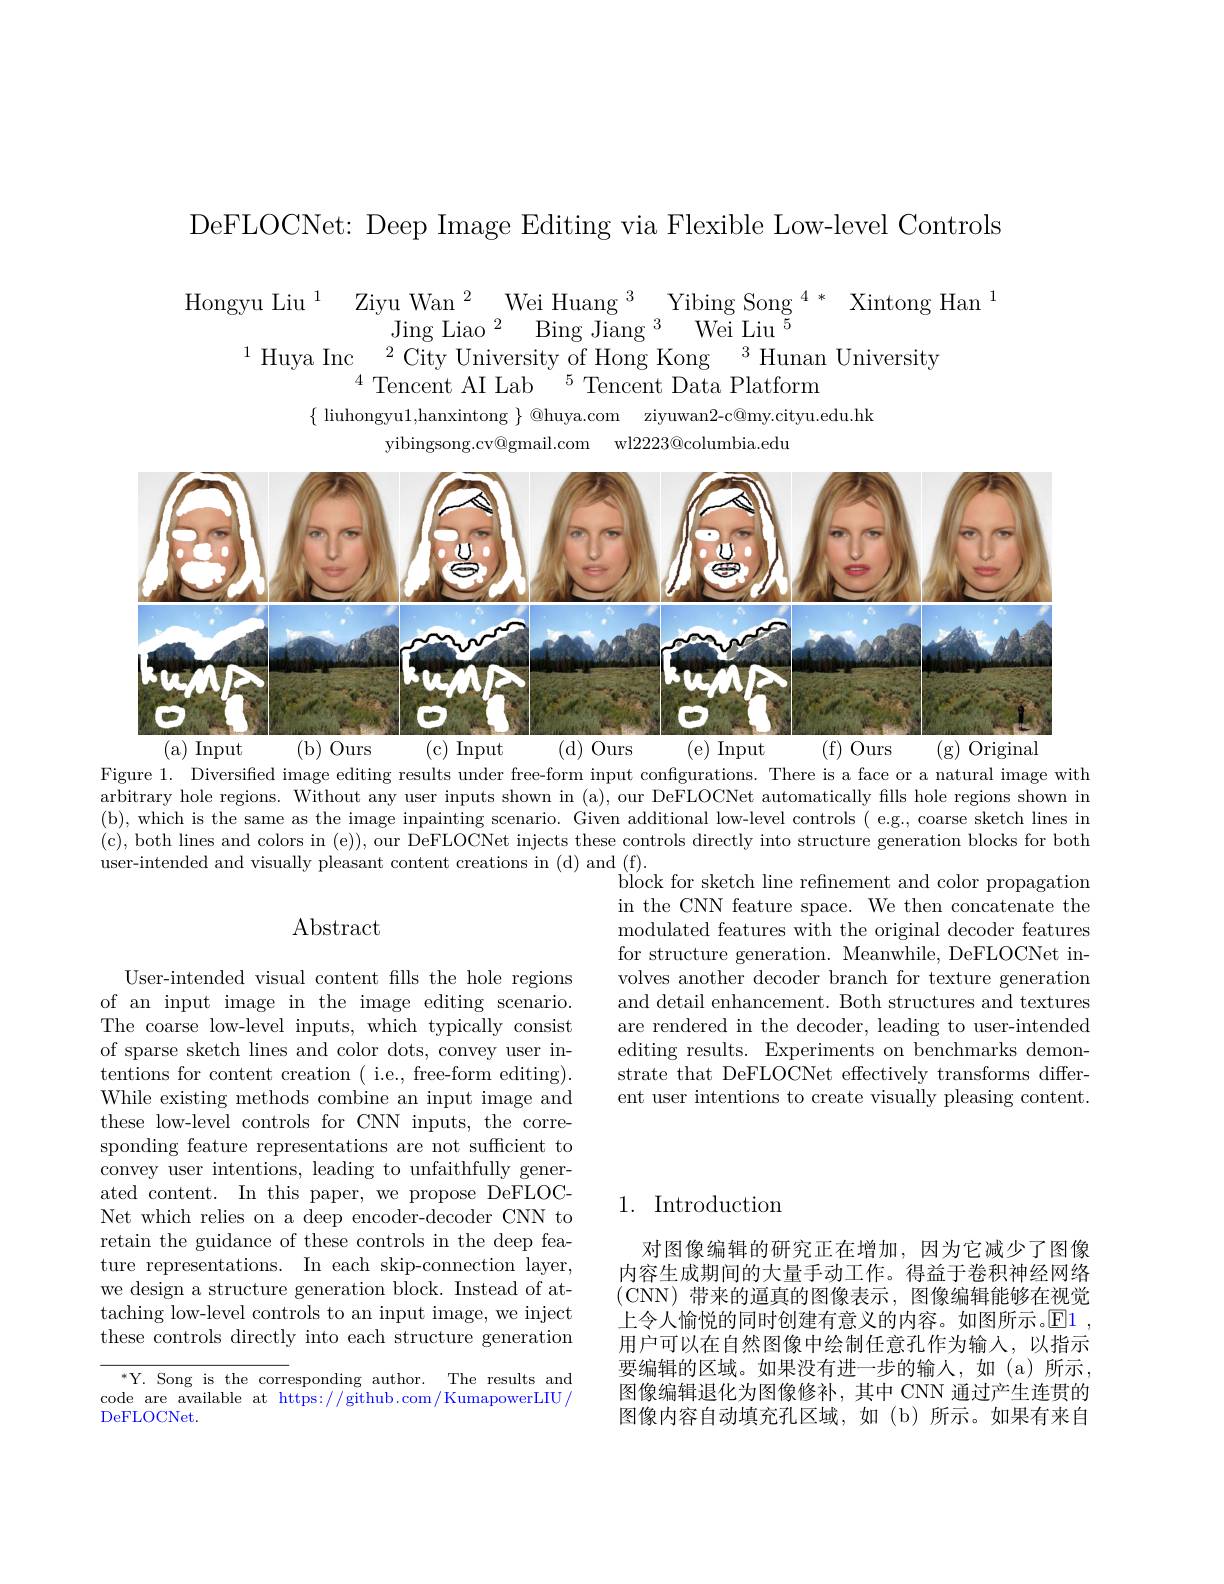
DeFLOCNet: Deep Image Editing via Flexible Low-level Controls

${\mathrm{Hongyu~Liu}^{1}}{\mathrm{Ziyu~Wan}^{2}\mathrm{Wei~Huang~}^{3}\mathrm{Yibing~Song~}^{4*}\mathrm{Xintong~Han}^{1}}{\mathrm{Jing~Liao}^{2}\mathrm{Bing~Jiang~}^{3}\mathrm{Wei~Liu}^{5}}{\mathrm{City~University~of~Hong~Kong~}^{3}\mathrm{Hunan~University}}$
$\{$ liuhongyu1,hanxintong $\}$ @huya.com ziyuwan2-c@my.cityu.edu.hk
yibingsong.cv@gmail.com wl2223@columbia.edu

<FigureHere>

Figure 1. Diversified image editing results under free-form input configurations. There is a face or a natural image with arbitrary hole regions. Without any user inputs shown in (a), our DeFLOCNet automatically fills hole regions shown in (b), which is the same as the image inpainting scenario. Given additional low-level controls ( e.g., coarse sketch lines in (c), both lines and colors in (e)), our DeFLOCNet injects these controls directly into structure generation blocks for both user-intended and visually pleasant content creations in (d) and (f).
 block for sketch line refinement and color propagation

# $\operatorname{Abstract}$

in the CNN feature space. We then concatenate the modulated features with the original decoder features for structure generation. Meanwhile, DeFLOCNet involves another decoder branch for texture generation and detail enhancement. Both structures and textures are rendered in the decoder, leading to user-intended editing results. Experiments on benchmarks demonstrate that DeFLOCNet effectively transforms different user intentions to create visually pleasing content.

User-intended visual content fills the hole regions of an input image in the image editing scenario. The coarse low-level inputs, which typically consist of sparse sketch lines and color dots, convey user intentions for content creation ( i.e., free-form editing). While existing methods combine an input image and these low-level controls for CNN inputs, the corresponding feature representations are not sufficient to convey user intentions, leading to unfaithfully generated content. In this paper, we propose DeFLOCNet which relies on a deep encoder-decoder CNN to retain the guidance of these controls in the deep feature representations. In each skip-connection layer, we design a structure generation block. Instead of attaching low-level controls to an input image, we inject these controls directly into each structure generation

## 1. Introduction

对图像编辑的研究正在增加，因为它减少了图像内容生成期间的大量手动工作。得益于卷积神经网络(CNN)带来的逼真的图像表示，图像编辑能够在视觉上令人愉悦的同时创建有意义的内容。如图所示。$\operatorname{El}$ 用户可以在自然图像中绘制任意孔作为输入，以指示要编辑的区域。如果没有进一步的输人，如(a)所示， 图像编辑退化为图像修补，其中 CNN 通过产生连贯的图像内容自动填充孔区域，如(b)所示。如果有来自

$^{*}$Y. Song is the corresponding author. The results and code are available at https://github.com/KumapowerLIU/ DeFLOCNet.